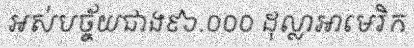
អស់បច្ច័យជាង៩៦.០០០ ដុល្លាអាមេរិក